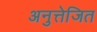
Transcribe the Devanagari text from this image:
अनुत्तेजित